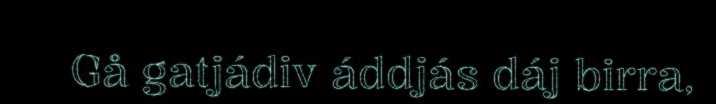
Gå gatjádiv áddjás dáj birra,